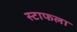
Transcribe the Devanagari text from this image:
स्टाफला